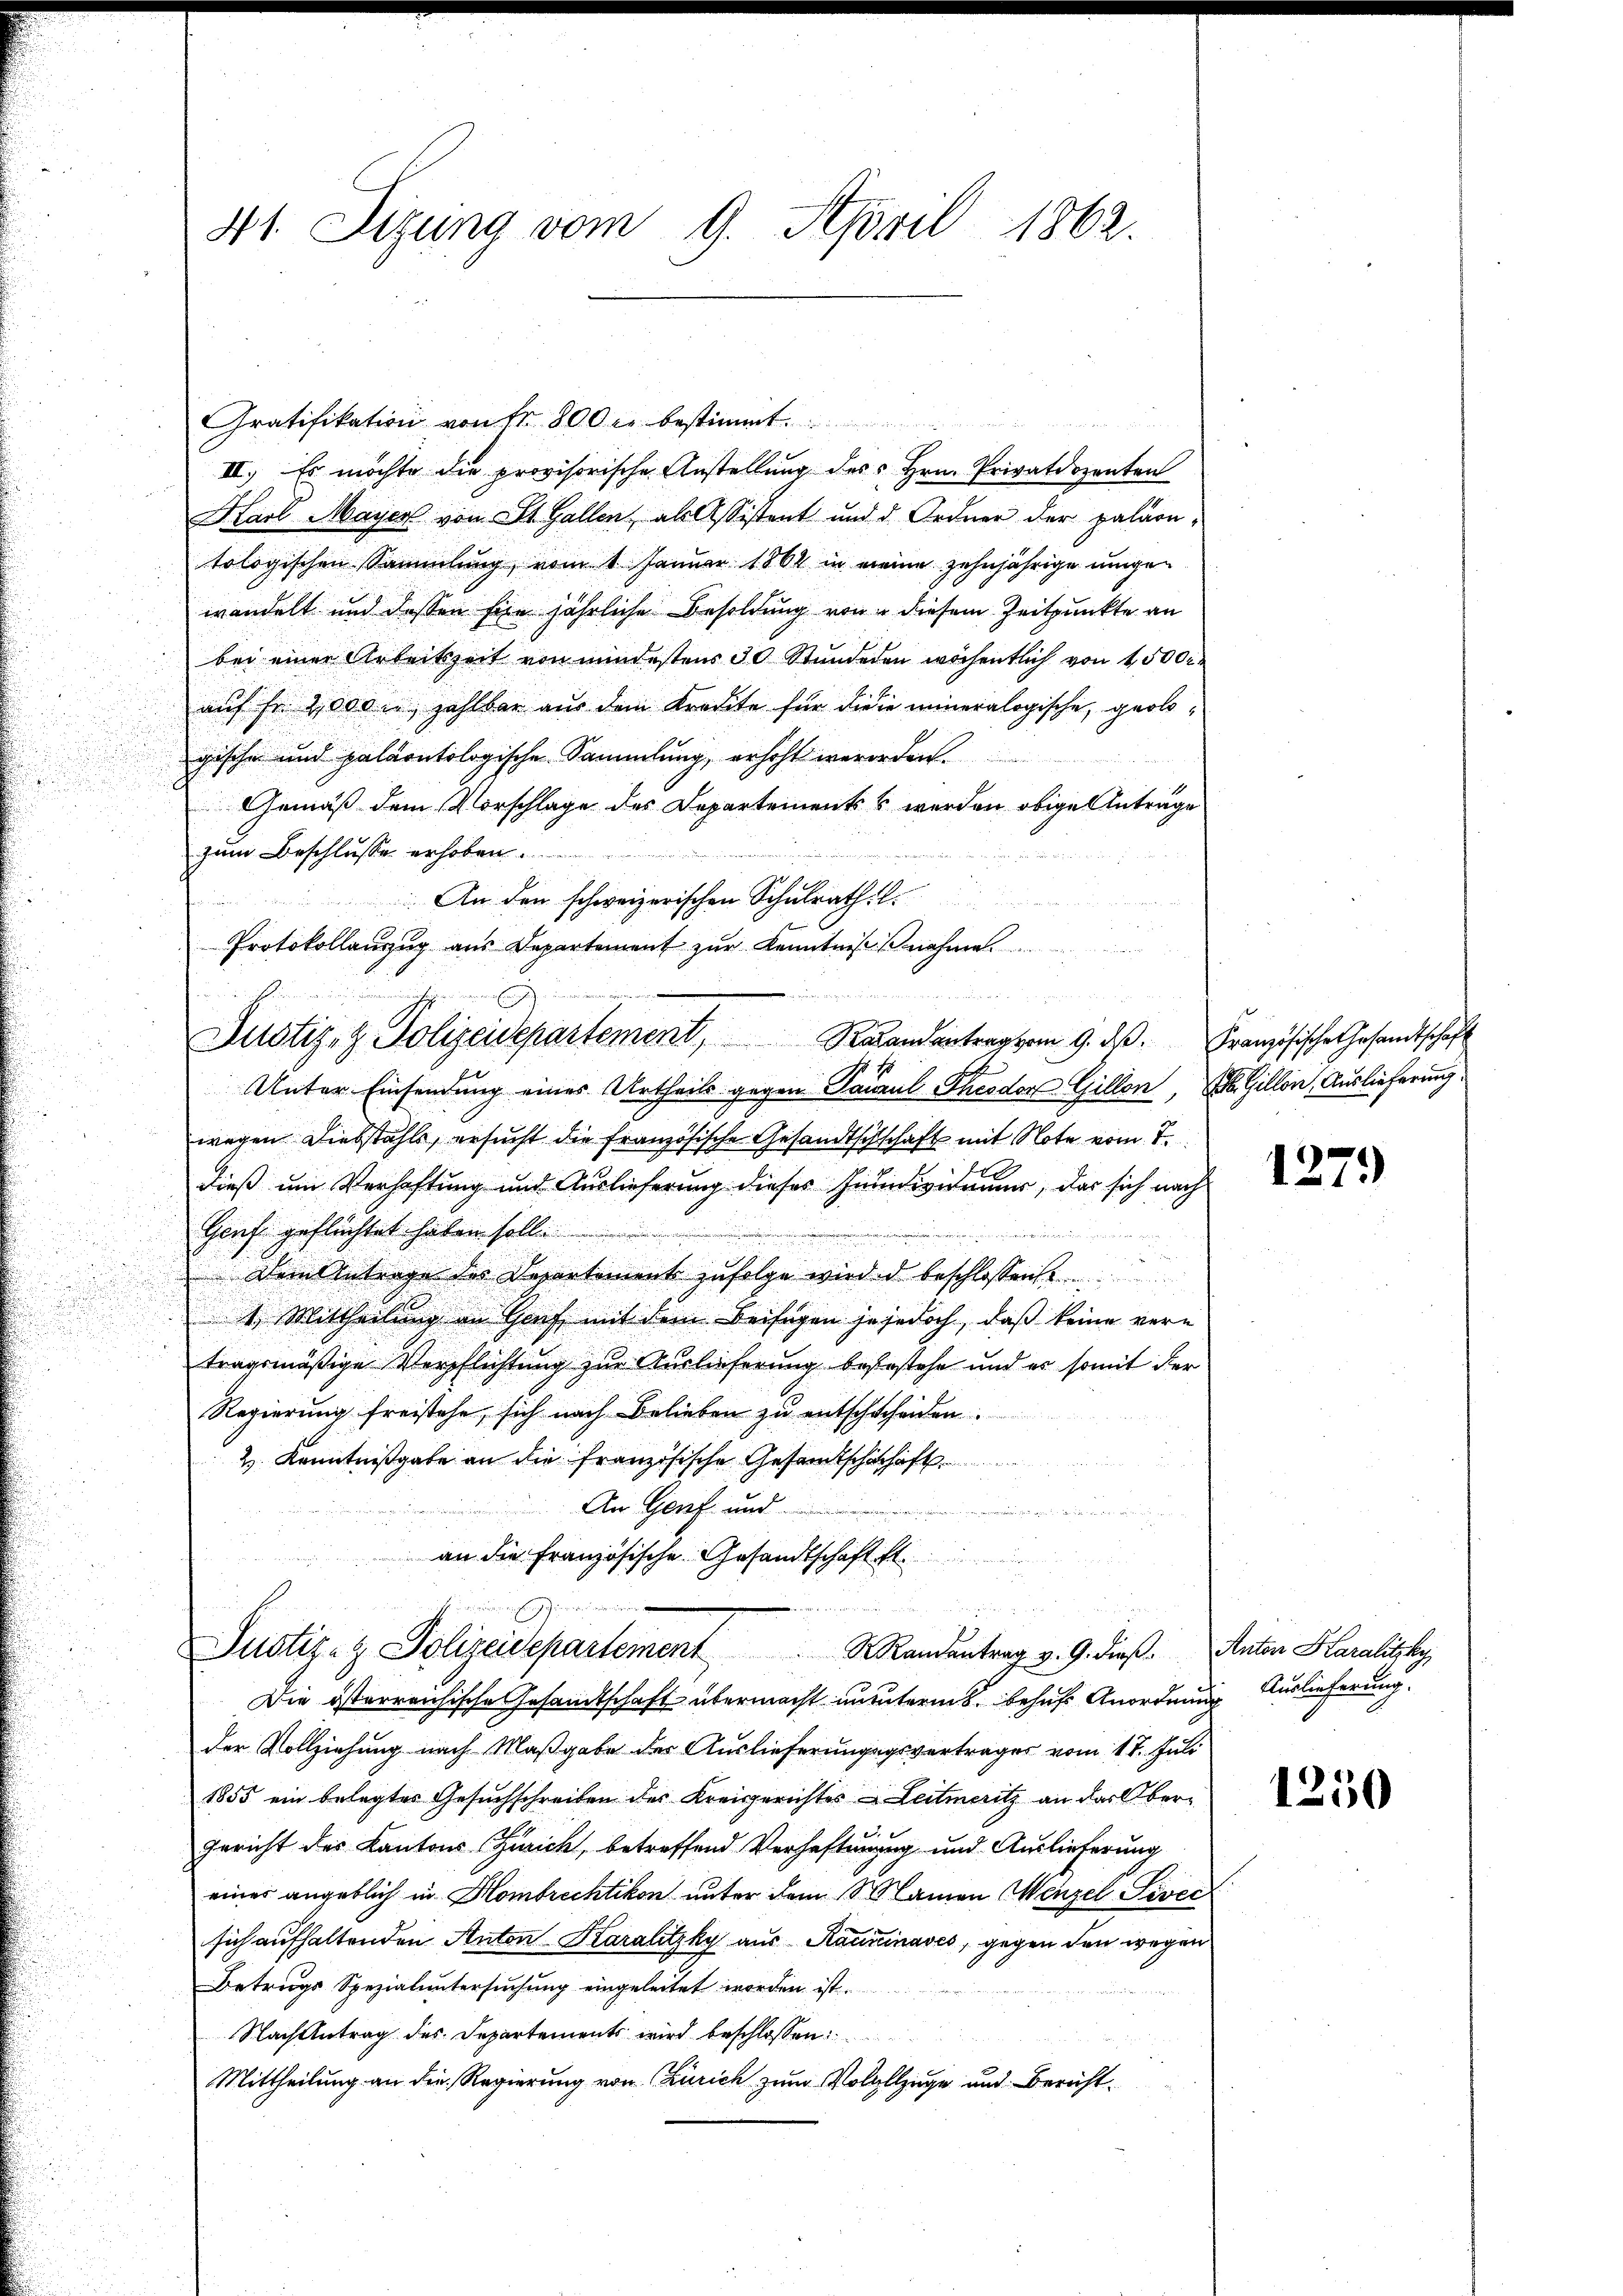
u

41. Sizung vom 9. April 1862.

GGratifikation von Fr. 800 r bestimmt.
III. Es möchte die provisorische Anstellung des Hrn. Privatdozenten
Karl Mayer von St. Gallen, als Assistent und d. Ordner der palärntologischen Sammlung, vom 1 Januar 1864 in meine zehnjährige ungen
wandelt und dessen für jährliche Besoldung von diesem Zeitpunkte an
bei einer Arbeitszeit von mindestens 30 Stundeden wöchentlich von 4,500 r
auf fr. 2000, zahlbar aus dem Kredite für die in eineralogische, geologischen und paläontologische Sammlung, erhöht werorden.
Gemäß dem Vorschlage des Departements werden obige Antrage
den
zum Beschlusse erhoben
An den schweizerischen Schulrath l.
Unter Einsendung eines Urtheils gegen Paurul Theodor Gillon, Gillon, Auslieferung
wegen Diebstahls, ersucht die französische Gesandtschschaft mit Note vom 7.
dieß um Verhaftung und Auslieferung dieses Juindividuum, das sich nach
n
Genf geflüchtet haben soll

.

Dem Antrage des Departement zufolge wird. d. beschlossen

.
4. Mittheilung an Horf, mit dem Beisagen je jedoch, daß keine ver¬
.
tragsmäßige Verpflichtung zur Auslieferung befestehe und er somit der
Regierung freistehe, sich nach Belieben zu entschscheiden
& Kenntnißgabe an die französische Gesandtschadhaft
An Genf und
   der die
an die Französische Gesandtschaft fl.
8
Justiz- & Polizeidepartement. Mandantrag v. 9. dieß. Anton Haralitzky,
Die österreichische Gesandtschaft übermacht ununterm behuf Anordnung Auslieferung.
der Vollziehung nach Maßgabe des Auslieferungegsvertrages vom 17. Juli
1855 ein belegtes Gesuchschreiben des Kreisgerichtes Leitmeritz an das Obere
Gericht des Kantons Zürich, betreffend Verhaftengung und Auslieferung
einer angeblich in Hombrechtikon unter dem Maien Wenzel Sevec
sich aufhaltenden Anton Karalitzky aus Raudinaves, gegen den wegen
Betrugs Spezialuntersuchung eingeleitet worden ist.
Nach Antrag des Departements wird beschlossen:
Mittheilung an die Regierung von Zürich zum Volallzuge und Bericht

Protokollanzug aus Departement zŭr Kenntnißnahme
Justiz- & Polizeidepartement, Randertrag vom 9. ds. Französische Gesandtschaft

1279)

1250